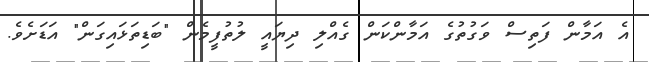
އެ އަމާން ފަތިސް ވަގުތުގެ އަމާންކަން ގެއްލި ދިޔައީ ލުތުފީމެން "ބަޑިތަޅައިގަން" އަޑަށެވެ.